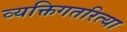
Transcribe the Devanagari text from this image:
व्यक्तिगतरित्या